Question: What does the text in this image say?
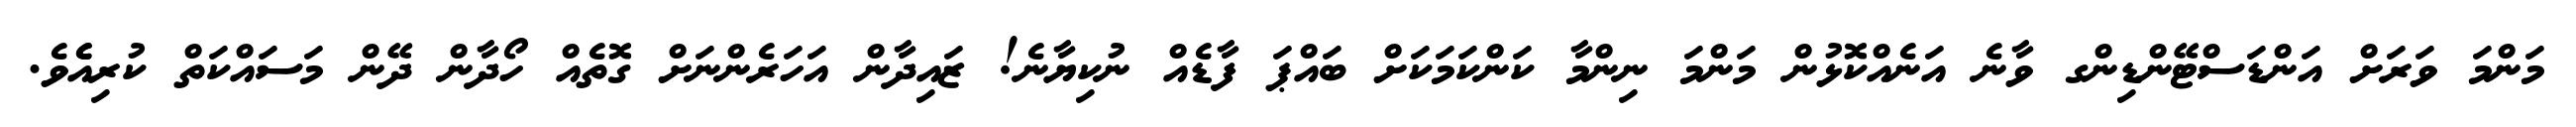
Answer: މަންމަ ވަރަށް އަންޑަސްޓޭންޑިންގ ވާނެ އަނެއްކޮޅުން މަންމަ ނިންމާ ކަންކަމަކަށް ބައްޕަ ފާޑެއް ނުކިޔާނެ! ޒައިދާން އަހަރެންނަށް ގޮތެއް ހޯދާން ދޭން މަސައްކަތް ކުރިއެެވެ.